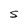
Character: S